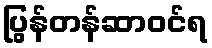
ပြွန်တန်ဆာဝင်ရ